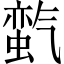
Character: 𱥬